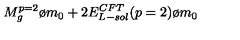
{ { M _ { g } ^ { p = 2 } } \o { m _ { 0 } } } + 2 { { E _ { L - s o l } ^ { C F T } ( p = 2 ) } \o { m _ { 0 } } }